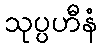
သုပ္ပဟီနံ